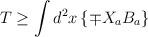
LaTeX: \begin{align*}T\geq \int d^{2}x\left\{ \mp X_{a}B_{a}\right\}\end{align*}